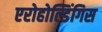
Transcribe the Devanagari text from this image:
एरोहोल्डिंगिस